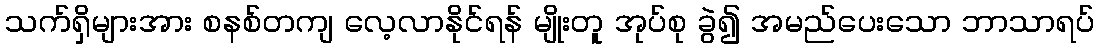
သက်ရှိများအား စနစ်တကျ လေ့လာနိုင်ရန် မျိုးတူ အုပ်စု ခွဲ၍ အမည်ပေးသော ဘာသာရပ်